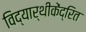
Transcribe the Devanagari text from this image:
विद्यार्थीकेंद्रित